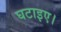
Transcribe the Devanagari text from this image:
घटाइए।